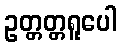
ဥတ္တတ္တရူပေါ